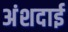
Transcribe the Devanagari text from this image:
अंशदाई